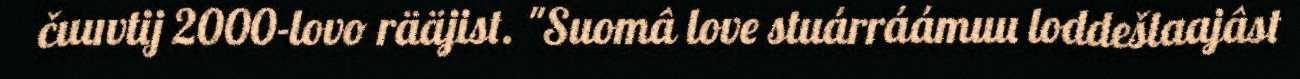
čuuvtij 2000-lovo rääjist. "Suomâ love stuárráámuu loddešlaajâst